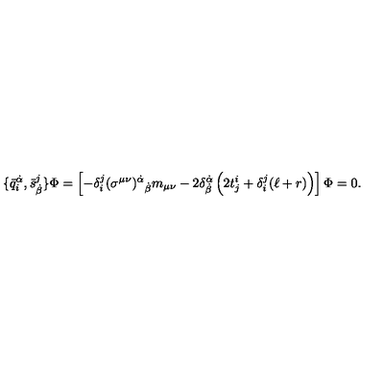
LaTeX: \{ \bar { q } _ { i } ^ { \dot { \alpha } } , \bar { s } _ { \dot { \beta } } ^ { j } \} \Phi = \left[ - \delta _ { i } ^ { j } ( \sigma ^ { \mu \nu } ) ^ { \dot { \alpha } } { } _ { \dot { \beta } } m _ { \mu \nu } - 2 \delta _ { \dot { \beta } } ^ { \dot { \alpha } } \left( 2 t _ { j } ^ { i } + \delta _ { i } ^ { j } ( \ell + r ) \right) \right] \Phi = 0 .